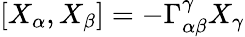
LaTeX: [X_{\alpha},X_{\beta}]=-\Gamma_{\alpha\beta}^{\gamma}X_{\gamma}